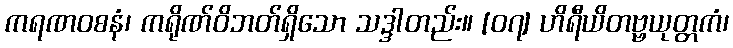
ကရဏဝစနံ၊ ကရိုဏ်ဝိဘတ်ရှိသော သဒ္ဒါတည်း။ [၀၇] ဟိရီယိတဗ္ဗယုတ္တကံ၊